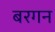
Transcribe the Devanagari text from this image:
बरगन